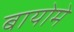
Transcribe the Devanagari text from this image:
बायोमे